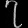
Digit: ၇